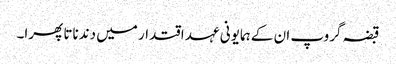
قبضہ گروپ ان کے ہمایونی عہد اقتدار میں دندناتا پھرا۔